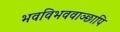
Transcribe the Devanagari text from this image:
भवविभववाञ्छापि